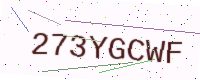
Text: 273YGCWF